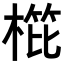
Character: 𣖰